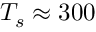
T _ { s } \approx 3 0 0